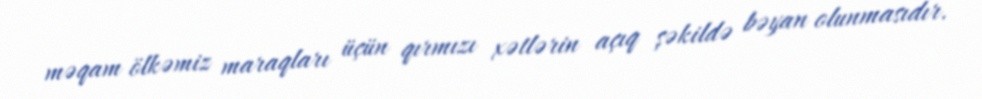
məqam ölkəmiz maraqları üçün qırmızı xətlərin açıq şəkildə bəyan olunmasıdır.